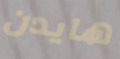
هايدن